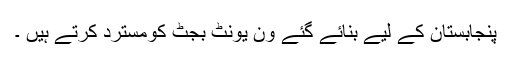
پنجابستان کے لیے بنائے گئے وَن یونٹ بجٹ کومسترد کرتے ہیں ۔